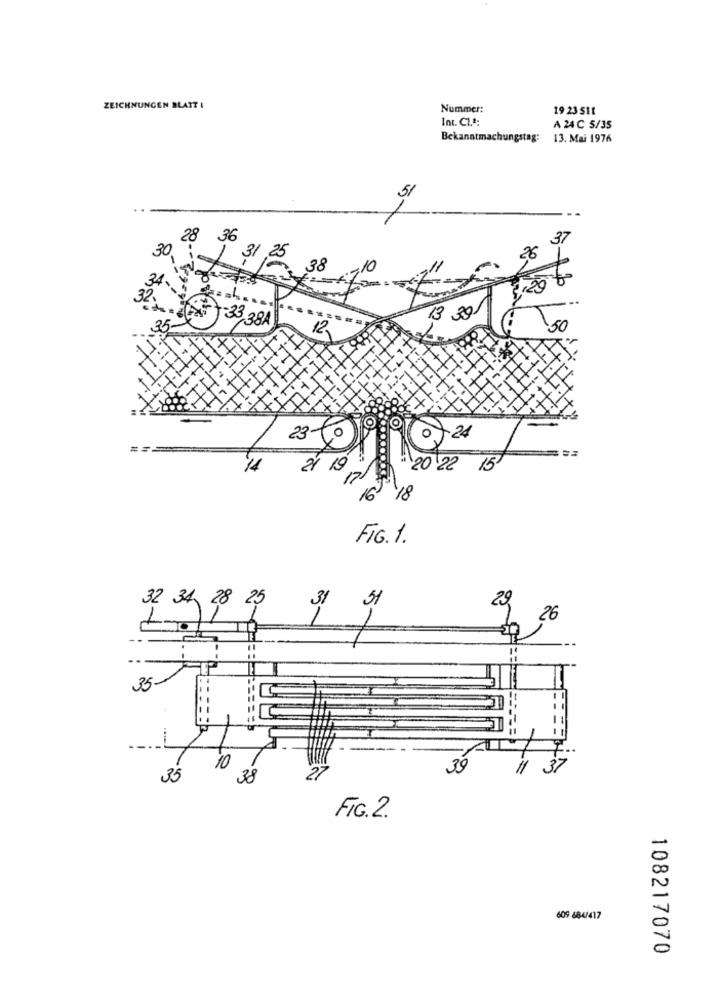
ZEICHNUNGEN BLATT I
Nummer:
19 23 511
Int. Cl .*:
A 24 C 5/35
Bekanntmachungstag: 13. Mai 1976
51
28
36
30
31
25
38
,10
33, 38A
13 30
12,
0
O
23
O
7.24
19
"20 22 15
16
18
FIG. 1.
32 34 28 25
29
31 31
1
26
35
10
39
35
38
27
FIG.2.
609 884/417
108217070